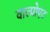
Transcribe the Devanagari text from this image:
वाल्प्रोएट